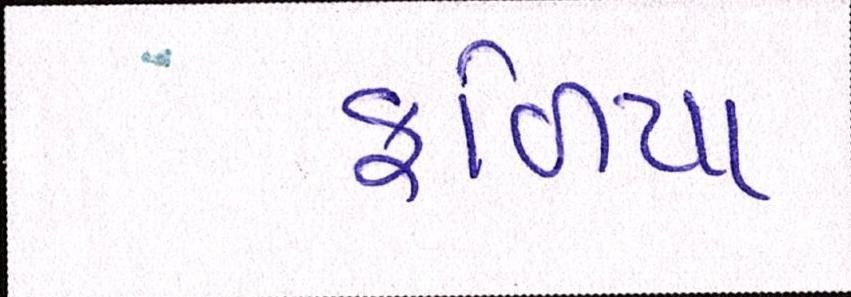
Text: ફળિયા